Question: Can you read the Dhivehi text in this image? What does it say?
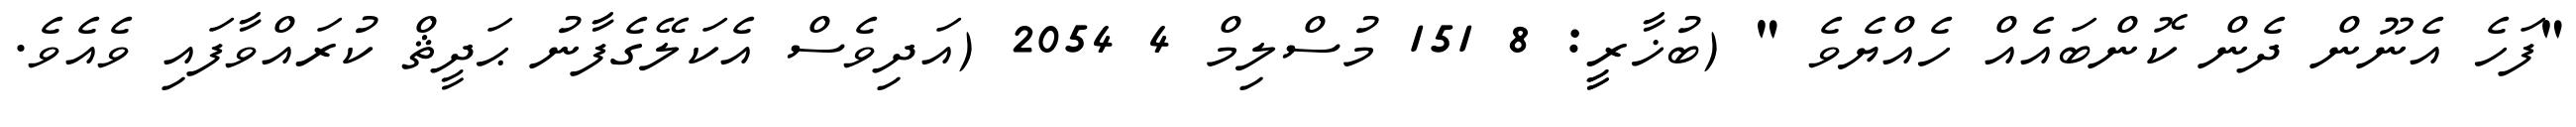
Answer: "ފަހެ އެނޫން ދެން ކޮންބައެއް ހެއްޔެވެ " (ބުޚާރީީ: 8 151 މުސްލިމް 4 2054 (އަދިވެސް އެކަލޭގެފާނު ޙަދީޘް ކުރައްވާފައި ވެއެވެ.